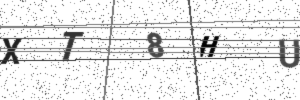
Text: XT8HU